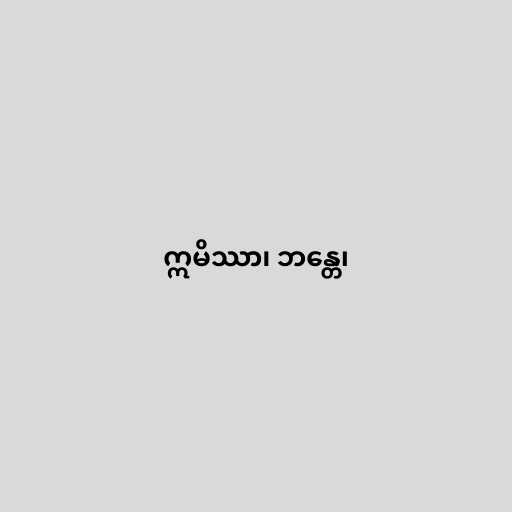
ဣမိဿာ၊ ဘန္တေ၊